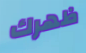
ظهرك